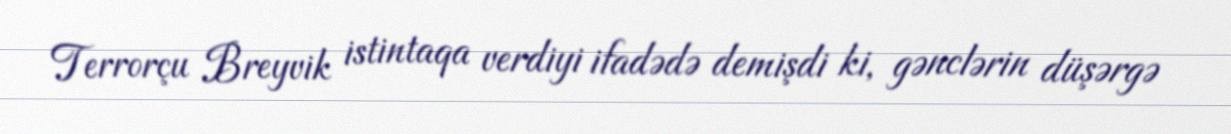
Terrorçu Breyvik istintaqa verdiyi ifadədə demişdi ki, gənclərin düşərgə